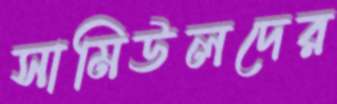
সামিউলদের